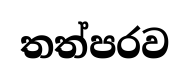
තත්පරව